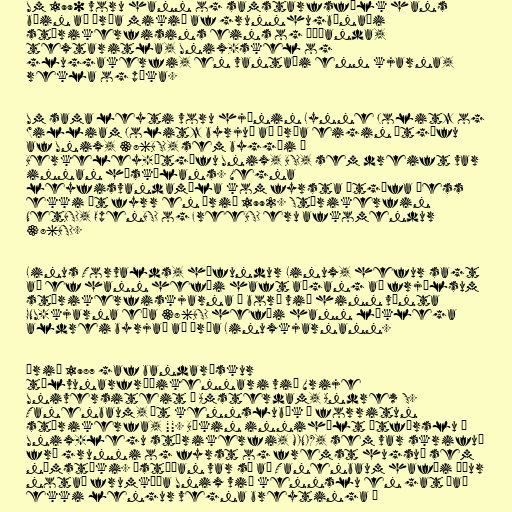
Um 1990 voru hann og samstarfsfólk hans
búin að þróa mikið af grunnhugbúnaði
stýrikerfisins eins og þýðanda,
textaritla, Unix-skel og
gluggakerfi, en vantaði enn kjarna,
rekla og púka.

Um sama leyti voru hjónin Lynne Jolitz og
William Jolitz byrjuð að þróa eigin útgáfu
af Unix, 386BSD, sem byggði á
Berkeley-útgáfu Unix, BSD, sem dreift var
innan háskólans. Vegna
leyfisvandamála kom fyrsta útgáfa þess
ekki út fyrr en árið 1992. Stýrikerfin
NetBSD, OpenBSD og FreeBSD eru afkomendur
386BSD.

Linus Torvalds, höfundur Linux, hefur sagt
að ef hann hefði haft aðgang að frjálsum
stýrikerfiskjarna á borð við hinn vænta
GNU-kjarna eða 386BSD hefði hann líklega
aldrei byrjað að þróa Linuxkjarnann.

Árið 1987 gaf bandarískur
tölvunarfræðikennari við Vrije
Universiteit í Amsterdam, Andrew S.
Tanenbaum, út kennslubók í forritun
stýrikerfa, "". Bókin innihélt útfærslu á
Unix-legu stýrikerfi, MINIX, sem var skrifuð
frá grunni og fyrst og fremst hugsuð sem
námstæki. Ástæðan var sú að Tanenbaum hafði áður
notað frumkóða Unix við kennslu en gat það
ekki lengur vegna breytinga á